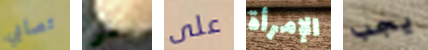
تصابي الى على الإمرأة يجب